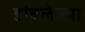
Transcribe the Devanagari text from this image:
डांबलेल्या